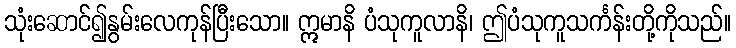
သုံးဆောင်၍နွမ်းလေကုန်ပြီးသော။ ဣမာနိ ပံသုကူလာနိ၊ ဤပံသုကူသင်္ကန်းတို့ကိုသည်။